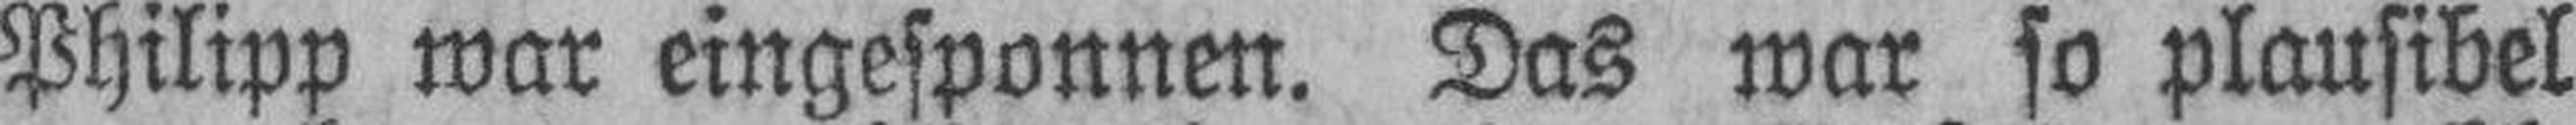
Philipp war eingesponnen. Das war so plausibel